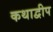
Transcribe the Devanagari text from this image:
कथाद्वीप